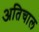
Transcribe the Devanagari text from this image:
अतिचाल